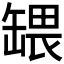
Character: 𬙒